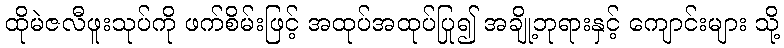
ထိုမဲဇလီဖူးသုပ်ကို ဖက်စိမ်းဖြင့် အထုပ်အထုပ်ပြု၍ အချို့ဘုရားနှင့် ကျောင်းများ သို့